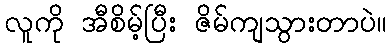
လူကို အီစိမ့်ပြီး ဇိမ်ကျသွားတာပဲ။